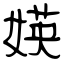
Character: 媖